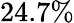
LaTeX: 24.7\%